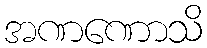
အဏဏောသိ